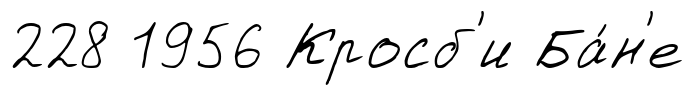
228 1956 Кросб'и Ба́н'е